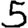
Digit: 5